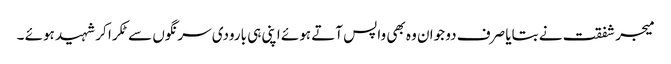
میجر شفقت نے بتایا صرف دو جوان وہ بھی واپس آتے ہوئے اپنی ہی بارودی سرنگوں سے ٹکرا کر شہید ہوئے ۔